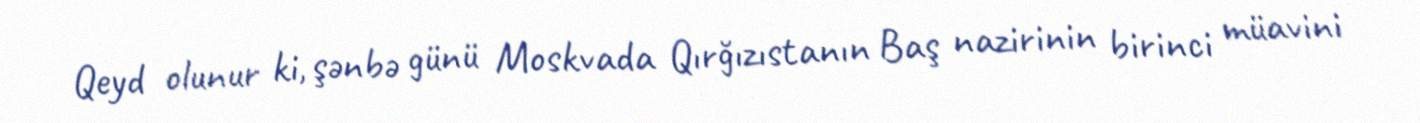
Qeyd olunur ki, şənbə günü Moskvada Qırğızıstanın Baş nazirinin birinci müavini